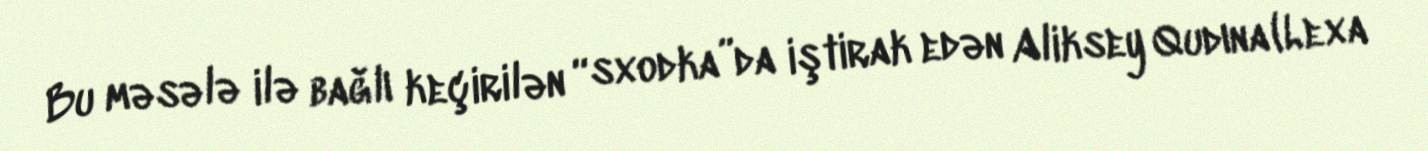
Bu məsələ ilə bağlı keçirilən “sxodka”da iştirak edən Aliksey Qudına (Lexa